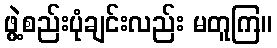
ဖွဲ့စည်းပုံချင်းလည်း မတူကြ။